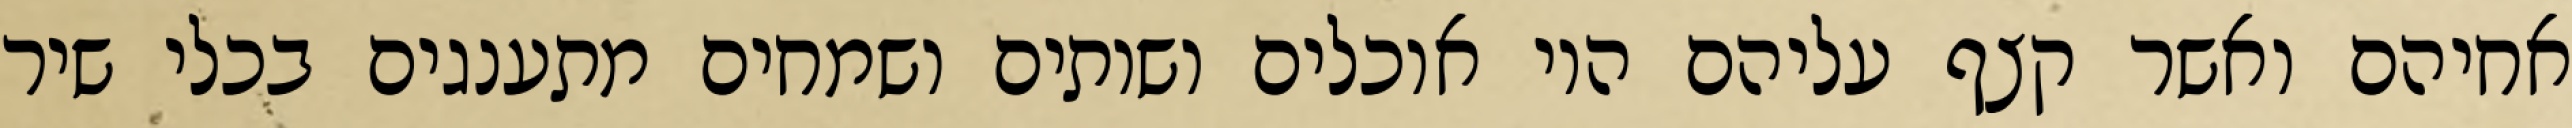
אחיהם ואשר קצף עליהם היו אוכלים ושותים ושמחים מתענגים בכלי שיר